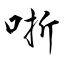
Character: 哳